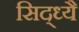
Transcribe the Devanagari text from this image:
सिद्ध्यै